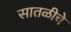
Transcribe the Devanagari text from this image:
सातळीचे